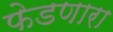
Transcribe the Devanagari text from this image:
फेडणारा